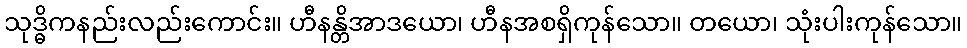
သုဒ္ဓိကနည်းလည်းကောင်း။ ဟီနန္တိအာဒယော၊ ဟီနအစရှိကုန်သော။ တယော၊ သုံးပါးကုန်သော။